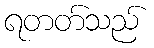
ရတတ်သည်